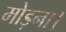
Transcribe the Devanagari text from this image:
मोड़ना।